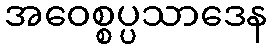
အဝေစ္စပ္ပသာဒေန